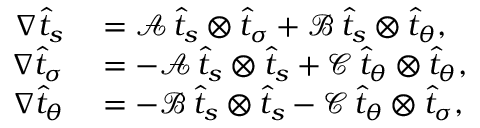
\begin{array} { r l } { \nabla \widehat { t } _ { s } } & { { } = \mathcal { A } \, \widehat { t } _ { s } \otimes \widehat { t } _ { \sigma } + \mathcal { B } \, \widehat { t } _ { s } \otimes \widehat { t } _ { \theta } , } \\ { \nabla \widehat { t } _ { \sigma } } & { { } = - \mathcal { A } \, \widehat { t } _ { s } \otimes \widehat { t } _ { s } + \mathcal { C } \, \widehat { t } _ { \theta } \otimes \widehat { t } _ { \theta } , } \\ { \nabla \widehat { t } _ { \theta } } & { { } = - \mathcal { B } \, \widehat { t } _ { s } \otimes \widehat { t } _ { s } - \mathcal { C } \, \widehat { t } _ { \theta } \otimes \widehat { t } _ { \sigma } , } \end{array}